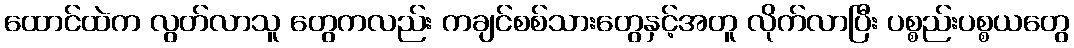
ထောင်ထဲက လွတ်လာသူ တွေကလည်း ကချင်စစ်သားတွေနှင့်အတူ လိုက်လာပြီး ပစ္စည်းပစ္စယတွေ